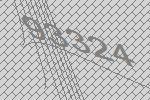
93324